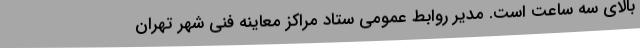
بالای سه ساعت است. مدیر روابط عمومی ستاد مراکز معاینه فنی شهر تهران